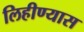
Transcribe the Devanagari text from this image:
लिहीण्यास